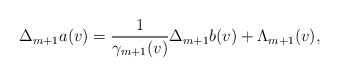
\begin{align*} \Delta_{m+1}a(v)=\frac{1}{\gamma_{m+1}(v)}\Delta_{m+1}b(v)+\Lambda_{m+1}(v),\end{align*}